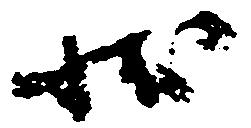
状